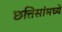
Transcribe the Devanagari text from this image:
छत्तिसांमध्ये